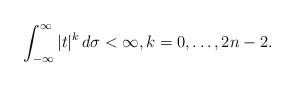
LaTeX: \begin{align*}\int_{-\infty}^\infty |t|^k\,d\sigma<\infty, k=0,\dots, 2n-2.\end{align*}